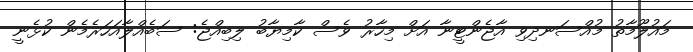
މައުލޫމާތު މުއްސަނދިވި އާޖެންޓީނާ އަށް މިހާރު ވެސް ކާމިޔާބު ލިބިއްޖެ: ސަބެއްލާއަހަރެމެން ކުޅެނީ